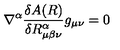
\nabla ^ { \alpha } \frac { \delta A ( R ) } { \delta R _ { \mu \beta \nu } ^ { \alpha } } g _ { \mu \nu } = 0